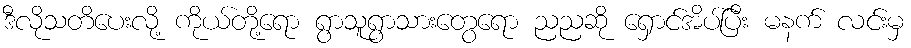
ဒီလိုသတိပေးလို့ ကိုယ်တို့ရော ရွာသူရွာသားတွေရော ညညဆို ရှောင်အိပ်ပြီး မနက် လင်းမှ